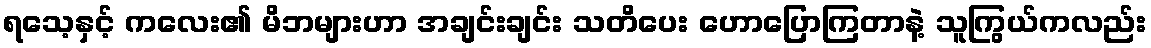
ရသေ့နှင့် ကလေး၏ မိဘများဟာ အချင်းချင်း သတိပေး ဟောပြောကြတာနဲ့ သူကြွယ်ကလည်း